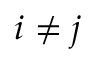
i \neq j